Leningradi_Edasi_toimetus, lk 47
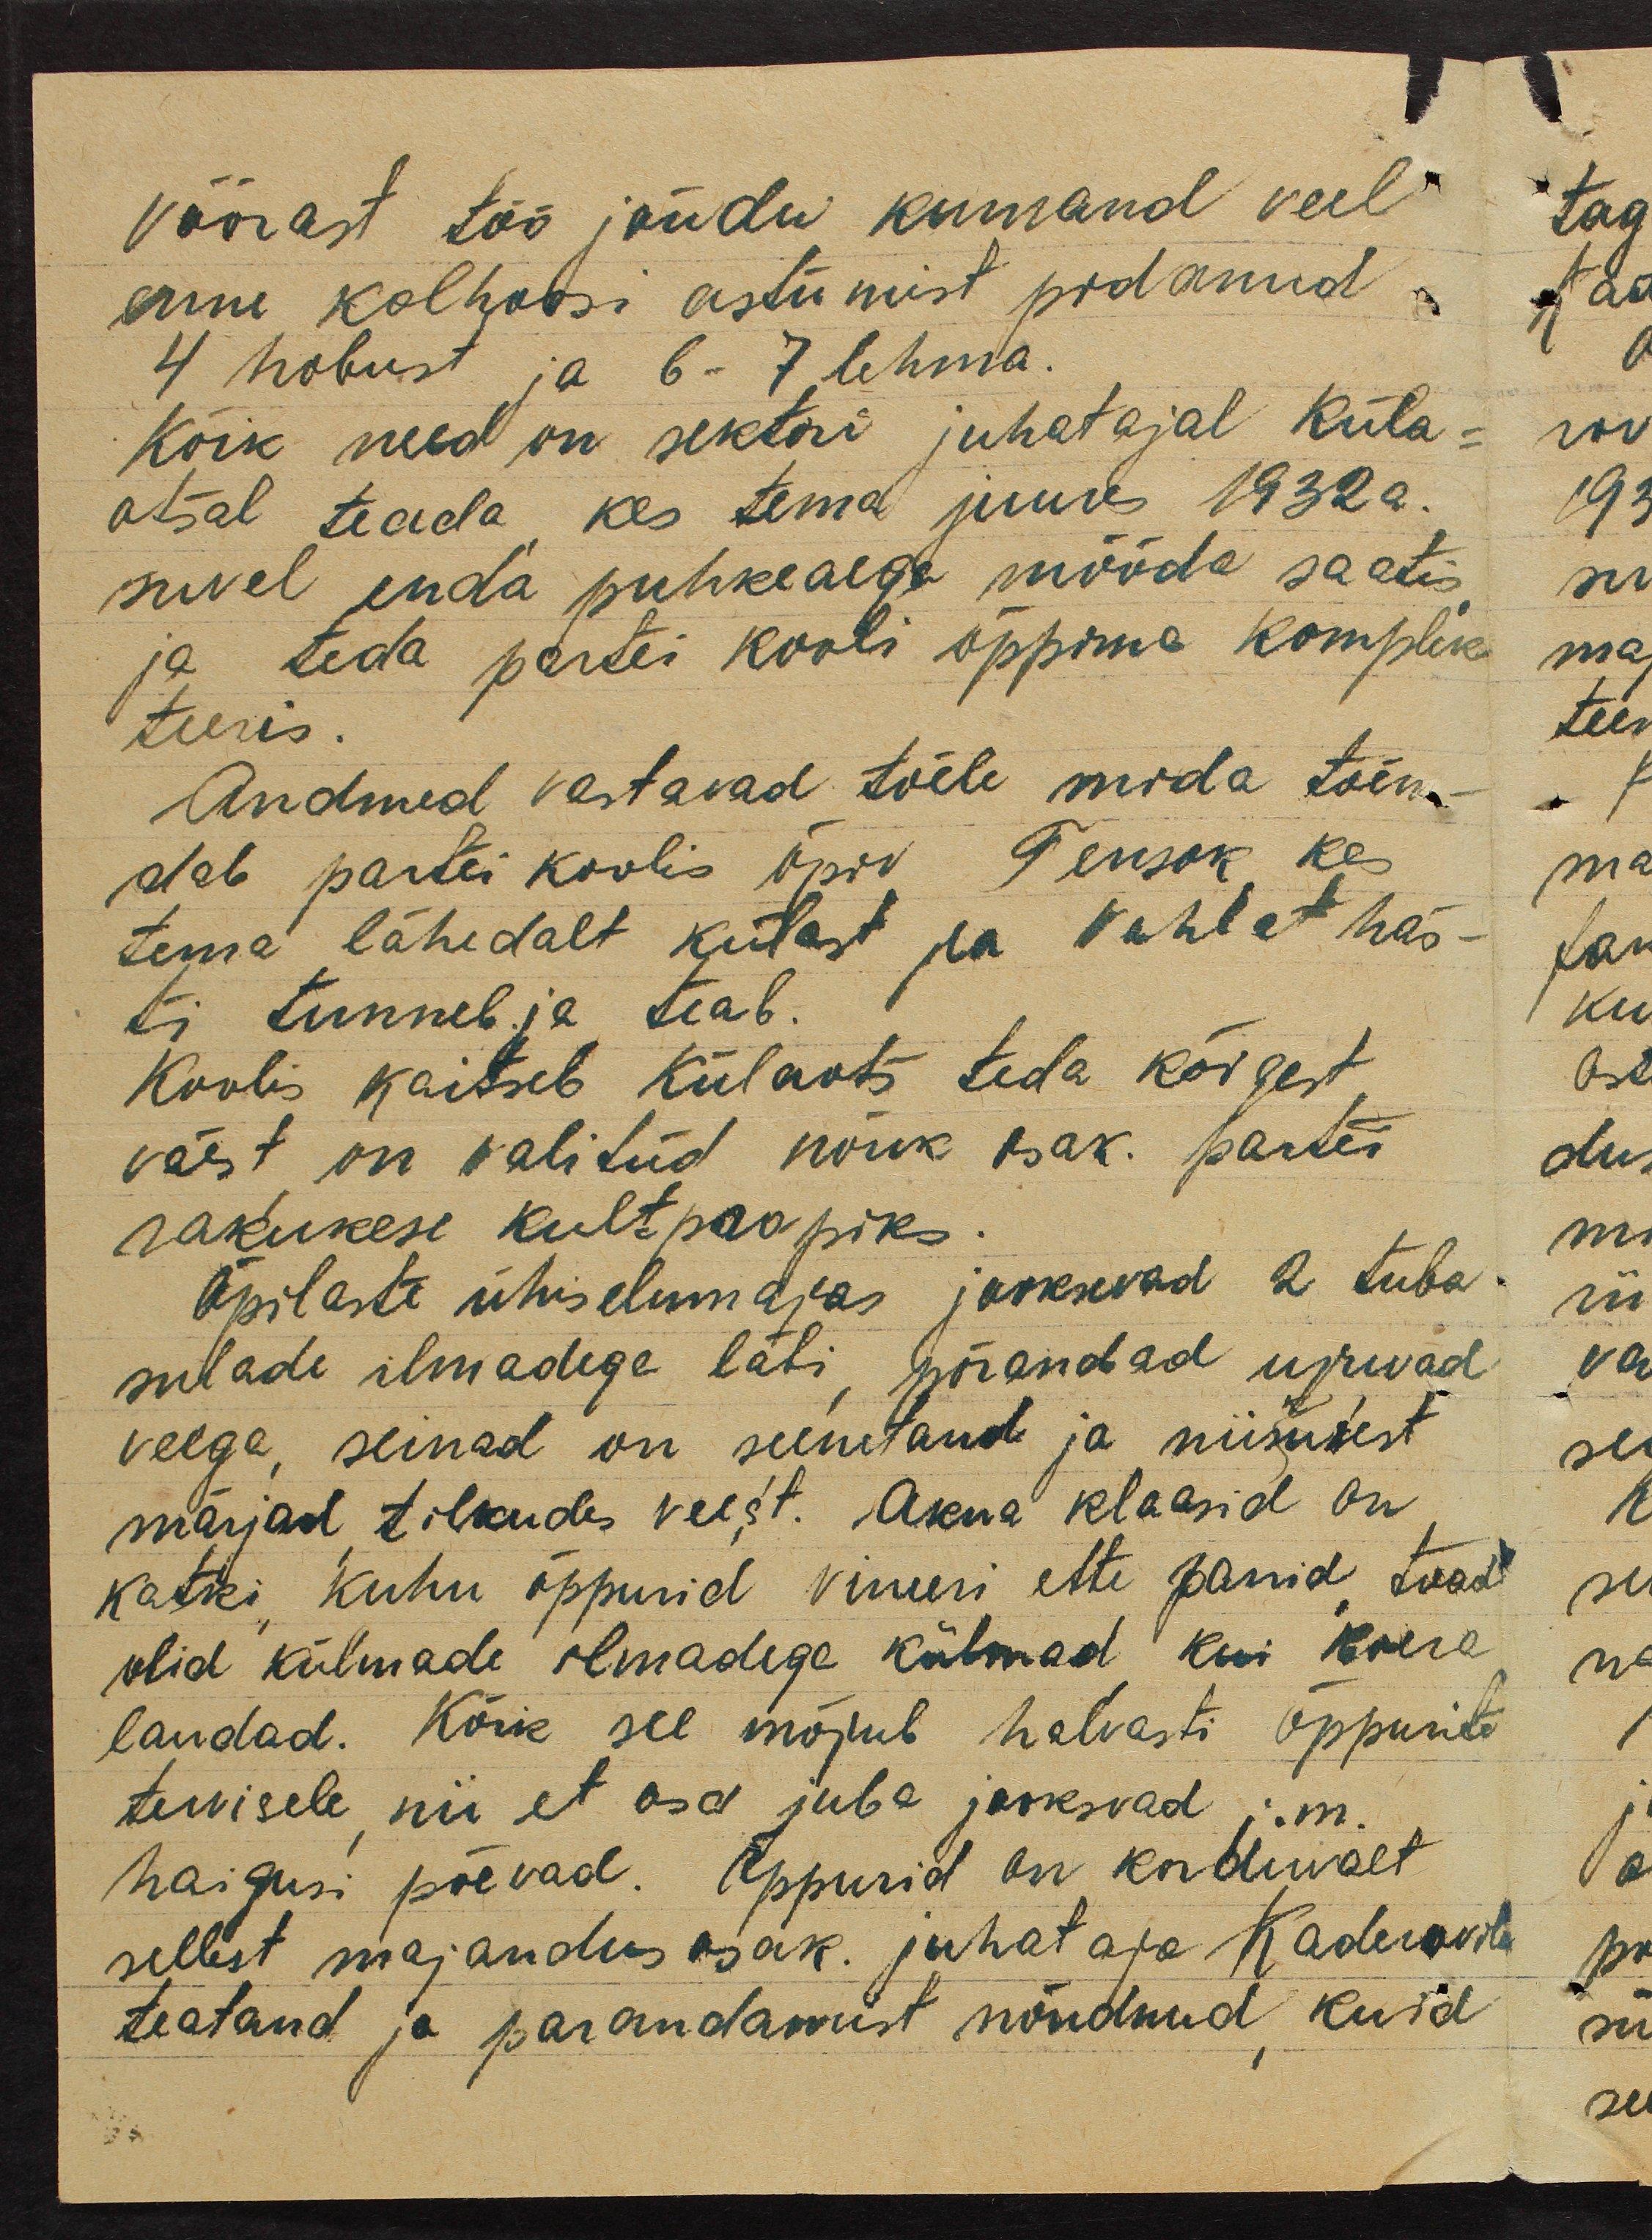
võõrast töö jõudu kurnand veel
enne kolhoosi astumist pidanud
4 hobust ja 6-7 lehma.
Kõik need on sektori juhatajal Küla-
otsal teada, kes tema juures 1932a.
suvel enda puhkeaega mööda saatis,
ja teda partei kooli õppima komplek-
teeris.
Andmed vastavad tõele mida tõen-
dab partei koolis õpiv Tensok kes
tema lähedalt külast ja  Vohlat häs-
ti tunneb ja teab.
Koolis kaitseb Külaots teda kõigest
väest, on valitud nõuk osak. partei
rakukese kultpropiks.
Õpilaste ühiselumajas jooksevad 2 tuba
sulade ilmadega läbi, põrandad upuvad
veega, seinad on seenetand ja niiskusest
märjad, tilkudes veest. Akna klaasid on
katki, kuhu õppurid vineeri ette panid, toad
olid külmade ilmadega külmad kui koera
laudad. Kõik see mõjub halvasti õppurite
tervisele, nii et osa juba jooksvad j.m.
haigusi põevad. Õppurid on korduvalt
sellest majandusosak. juhataja Kaderovile
teatand ja parandamist nõudnud, kuid